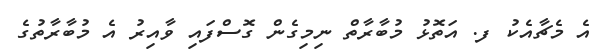
އެ މެޗާއެކު ފ. އަތޮޅު މުބާރާތް ނިމިގެން ގޮސްފައި ވާއިރު އެ މުބާރާތުގެ